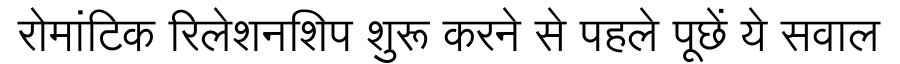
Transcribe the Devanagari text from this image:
रोमांटिक रिलेशनशिप शुरू करने से पहले पूछें ये सवाल